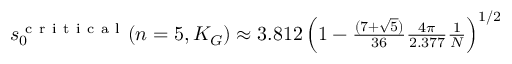
\begin{array} { r } { s _ { 0 } ^ { \mathrm { ~ c ~ r ~ i ~ t ~ i ~ c ~ a ~ l ~ } } ( n = 5 , K _ { G } ) \approx 3 . 8 1 2 \left( 1 - \frac { ( 7 + \sqrt { 5 } ) } { 3 6 } \frac { 4 \pi } { 2 . 3 7 7 } \frac { 1 } { N } \right) ^ { 1 / 2 } } \end{array}